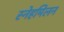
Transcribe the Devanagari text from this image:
स्नेहमिलन